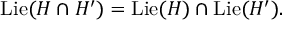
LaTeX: \operatorname { L i e } ( H \cap H ^ { \prime } ) = \operatorname { L i e } ( H ) \cap \operatorname { L i e } ( H ^ { \prime } ) .